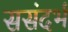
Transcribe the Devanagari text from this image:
ससंदर्भ